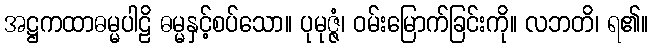
အဋ္ဌကထာဓမ္မပါဠိ ဓမ္မနှင့်စပ်သော။ ပုမုဇ္ဇံ၊ ဝမ်းမြောက်ခြင်းကို။ လဘတိ၊ ရ၏။